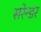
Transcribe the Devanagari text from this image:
सरेन्डर